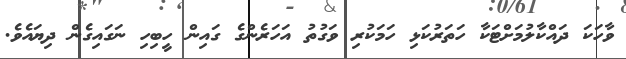
ވާހަކަ ދައްކާލުމަށްޓަކާ ހަތަރުކަޅި ހަމަކުރި ވަގުތު އަހަރެންގެ ގައިން ހީބިހި ނަގައިގެން ދިޔައެވެ.